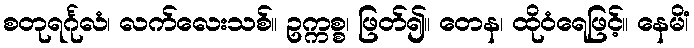
စတုရင်္ဂုလံ၊ လက်လေးသစ်။ ဥက္ကစ္စ၊ ဖြတ်၍။ တေန၊ ထိုဝံရေဖြင့်။ နေမိံ၊